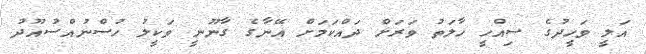
އަލީ ވަހީދުގެ ސިއްހީ ހާލަތު ވަރަށް ދައްކަމަށް އޭނާގެ ގާނޫނީ ވަކީލު ހުސްނުއްސުއޫދު